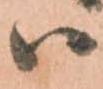
ハ